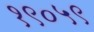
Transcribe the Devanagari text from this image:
१९०५९